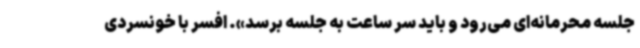
جلسه محرمانه‌ای می‌رود و باید سر ساعت به جلسه برسد». افسر با خونسردی